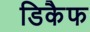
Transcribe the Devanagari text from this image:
डिकैफ